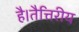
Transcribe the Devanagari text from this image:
है।तैत्तिरीय